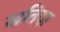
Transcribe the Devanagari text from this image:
खतिया